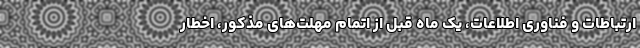
ارتباطات و فناوری اطلاعات، یک ماه قبل از اتمام مهلت‌های مذکور، اخطار